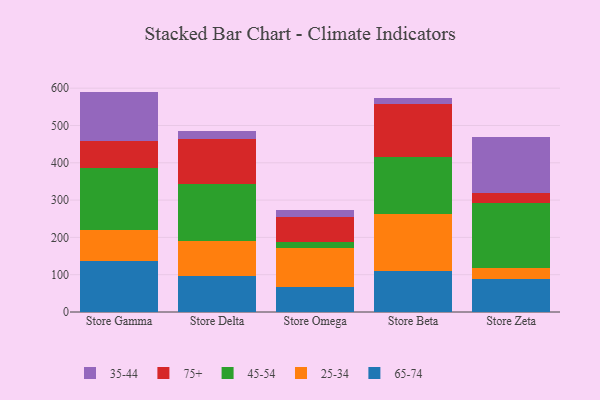
{"axis": {"x": "Store", "y": "Website Visitors"}, "legend": ["25-34", "35-44", "45-54", "65-74", "75+"], "data": [{"x": "Store Gamma", "y": 135.9, "type": "65-74"}, {"x": "Store Gamma", "y": 85.2, "type": "25-34"}, {"x": "Store Gamma", "y": 163.8, "type": "45-54"}, {"x": "Store Gamma", "y": 74.1, "type": "75+"}, {"x": "Store Gamma", "y": 131.8, "type": "35-44"}, {"x": "Store Delta", "y": 96.8, "type": "65-74"}, {"x": "Store Delta", "y": 92.2, "type": "25-34"}, {"x": "Store Delta", "y": 153.0, "type": "45-54"}, {"x": "Store Delta", "y": 122.7, "type": "75+"}, {"x": "Store Delta", "y": 19.6, "type": "35-44"}, {"x": "Store Omega", "y": 67.9, "type": "65-74"}, {"x": "Store Omega", "y": 104.9, "type": "25-34"}, {"x": "Store Omega", "y": 16.1, "type": "45-54"}, {"x": "Store Omega", "y": 66.8, "type": "75+"}, {"x": "Store Omega", "y": 19.0, "type": "35-44"}, {"x": "Store Beta", "y": 110.8, "type": "65-74"}, {"x": "Store Beta", "y": 153.0, "type": "25-34"}, {"x": "Store Beta", "y": 150.4, "type": "45-54"}, {"x": "Store Beta", "y": 142.1, "type": "75+"}, {"x": "Store Beta", "y": 18.3, "type": "35-44"}, {"x": "Store Zeta", "y": 89.8, "type": "65-74"}, {"x": "Store Zeta", "y": 29.4, "type": "25-34"}, {"x": "Store Zeta", "y": 171.8, "type": "45-54"}, {"x": "Store Zeta", "y": 29.0, "type": "75+"}, {"x": "Store Zeta", "y": 148.4, "type": "35-44"}]}